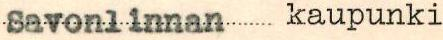
Savonlinnan kaupunki